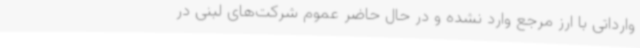
وارداتی با ارز مرجع وارد نشده و در حال حاضر عموم شرکت‌های لبنی در